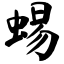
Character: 蜴